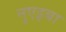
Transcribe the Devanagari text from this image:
नुएइबा